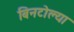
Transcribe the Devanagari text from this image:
बिनटोल्या